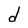
Character: d